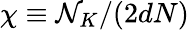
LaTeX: \chi\equiv\mathcal{N}_{K}/(2dN)